Scientific memoirs by medical officers of the Army of India - Part X,
Year: 1897
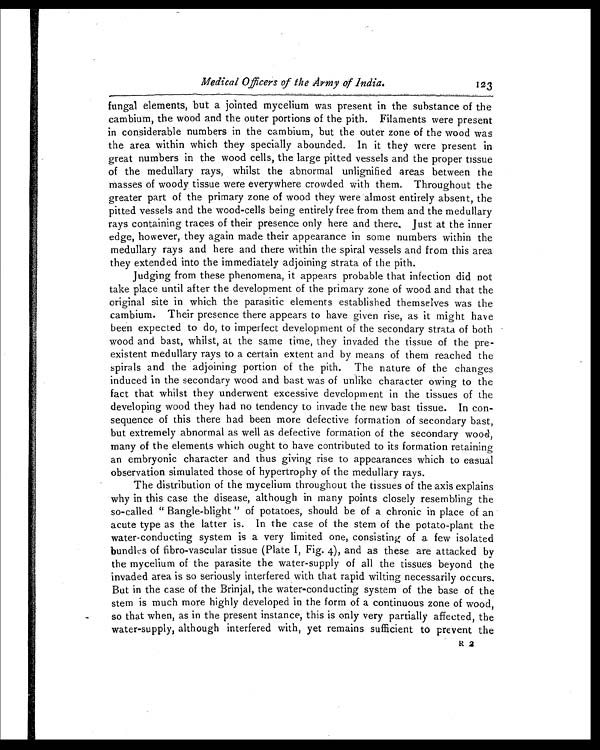
Medical Officers of the Army of India.
123
fungal elements, but a jointed mycelium was present in the substance of the
cambium, the wood and the outer portions of the pith. Filaments were present
in considerable numbers in the cambium, but the outer zone of the wood was
the area within which they specially abounded. In it they were present in
great numbers in the wood cells, the large pitted vessels and the proper tissue
of the medullary rays, whilst the abnormal unlignified areas between the
masses of woody tissue were everywhere crowded with them. Throughout the
greater part of the primary zone of wood they were almost entirely absent, the
pitted vessels and the wood-cells being entirely free from them and the medullary
rays containing traces of their presence only here and there. Just at the inner
edge, however, they again made their appearance in some numbers within the
medullary rays and here and there within the spiral vessels and from this area
they extended into the immediately adjoining strata of the pith.
Judging from these phenomena, it appears probable that infection did not
take place until after the development of the primary zone of wood and that the
original site in which the parasitic elements established themselves was the
cambium. Their presence there appears to have given rise, as it might have
been expected to do, to imperfect development of the secondary strata of both
wood and bast, whilst, at the same time, they invaded the tissue of the pre-
existent medullary rays to a certain extent and by means of them reached the
spirals and the adjoining portion of the pith. The nature of the changes
induced in the secondary wood and bast was of unlike character owing to the
fact that whilst they underwent excessive development in the tissues of the
developing wood they had no tendency to invade the new bast tissue. In con-
sequence of this there had been more defective formation of secondary bast,
but extremely abnormal as well as defective formation of the secondary wood,
many of the elements which ought to have contributed to its formation retaining
an embryonic character and thus giving rise to appearances which to casual
observation simulated those of hypertrophy of the medullary rays.
The distribution of the mycelium throughout the tissues of the axis explains
why in this case the disease, although in many points closely resembling the
so-called " Bangle-blight " of potatoes, should be of a chronic in place of an
acute type as the latter is. In the case of the stem of the potato-plant the
water-conducting system is a very limited one, consisting of a few isolated
bundles of fibro-vascular tissue (Plate I, Fig. 4), and as these are attacked by
the mycelium of the parasite the water-supply of all the tissues beyond the
invaded area is so seriously interfered with that rapid wilting necessarily occurs.
But in the case of the Brinjal, the water-conducting system of the base of the
stem is much more highly developed in the form of a continuous zone of wood,
so that when, as in the present instance, this is only very partially affected, the
water-supply, although interfered with, yet remains sufficient to prevent the
R 2